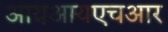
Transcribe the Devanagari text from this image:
आयआयएचआर